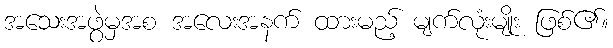
အသေးအဖွဲမှအစ အလေးအနက် ထားမည့် မျက်လုံးမျိုး ဖြစ်၏။